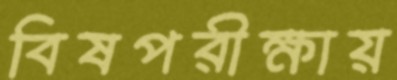
বিষপরীক্ষায়